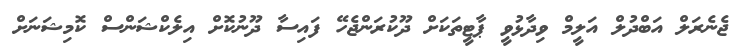
ޖެނެރަލް އަބްދުލް އަލީމް ވިދާޅުވީ ޕާޓީތަކަށް ދޫކުރަންޖެހޭ ފައިސާ ދޫނުކޮށް އިލެކްޝަންސް ކޮމިޝަނަށް